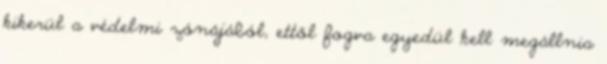
kikerül a védelmi zónájából, ettől fogva egyedül kell megállnia